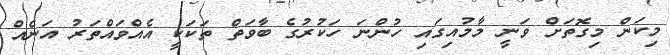
މިކަން މިގޮތަށް ވަނީ މާމުއިގައި ހުންނަ ހަކުރުގެ ބާވަތް ތަކަކީ އެއްވައްތަރު އަނެއް